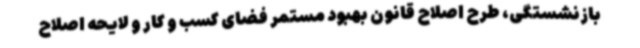
بازنشستگی، طرح اصلاح قانون بهبود مستمر فضای کسب و کار و لایحه اصلاح